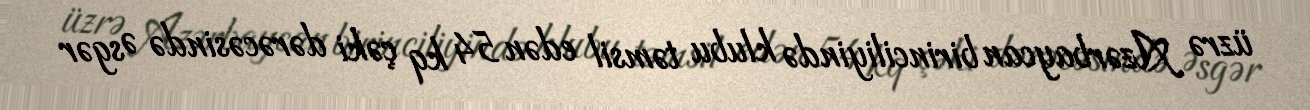
üzrə Azərbaycan birinciliyində klubu təmsil edən 54 kq çəki dərəcəsində Əsgər